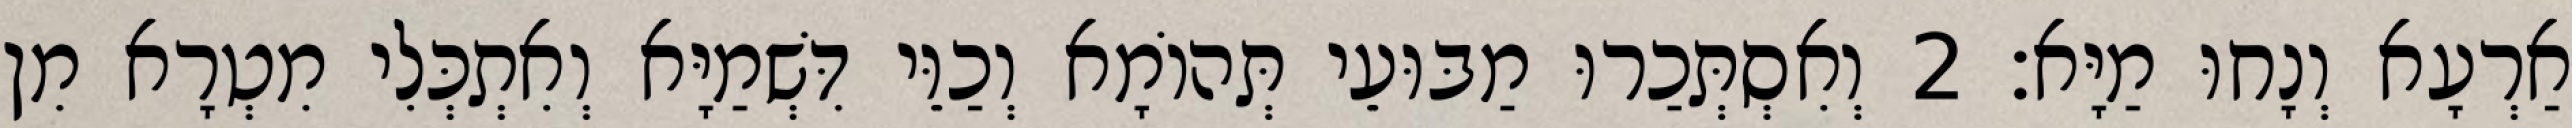
אַרְעָא וְנָחוּ מַיָּא׃ 2 וְאִסְתְּכַרוּ מַבּוּעֵי תְּהוֹמָא וְכַוֵּי דִּשְׁמַיָּא וְאִתְכְּלִי מִטְרָא מִן